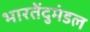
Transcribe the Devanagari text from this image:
भारतेंदुमंडल